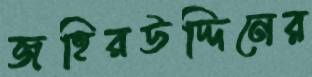
জহিরউদ্দিনের